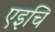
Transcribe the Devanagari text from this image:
एइचि